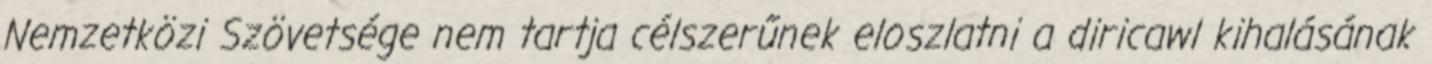
Nemzetközi Szövetsége nem tartja célszerűnek eloszlatni a diricawl kihalásának